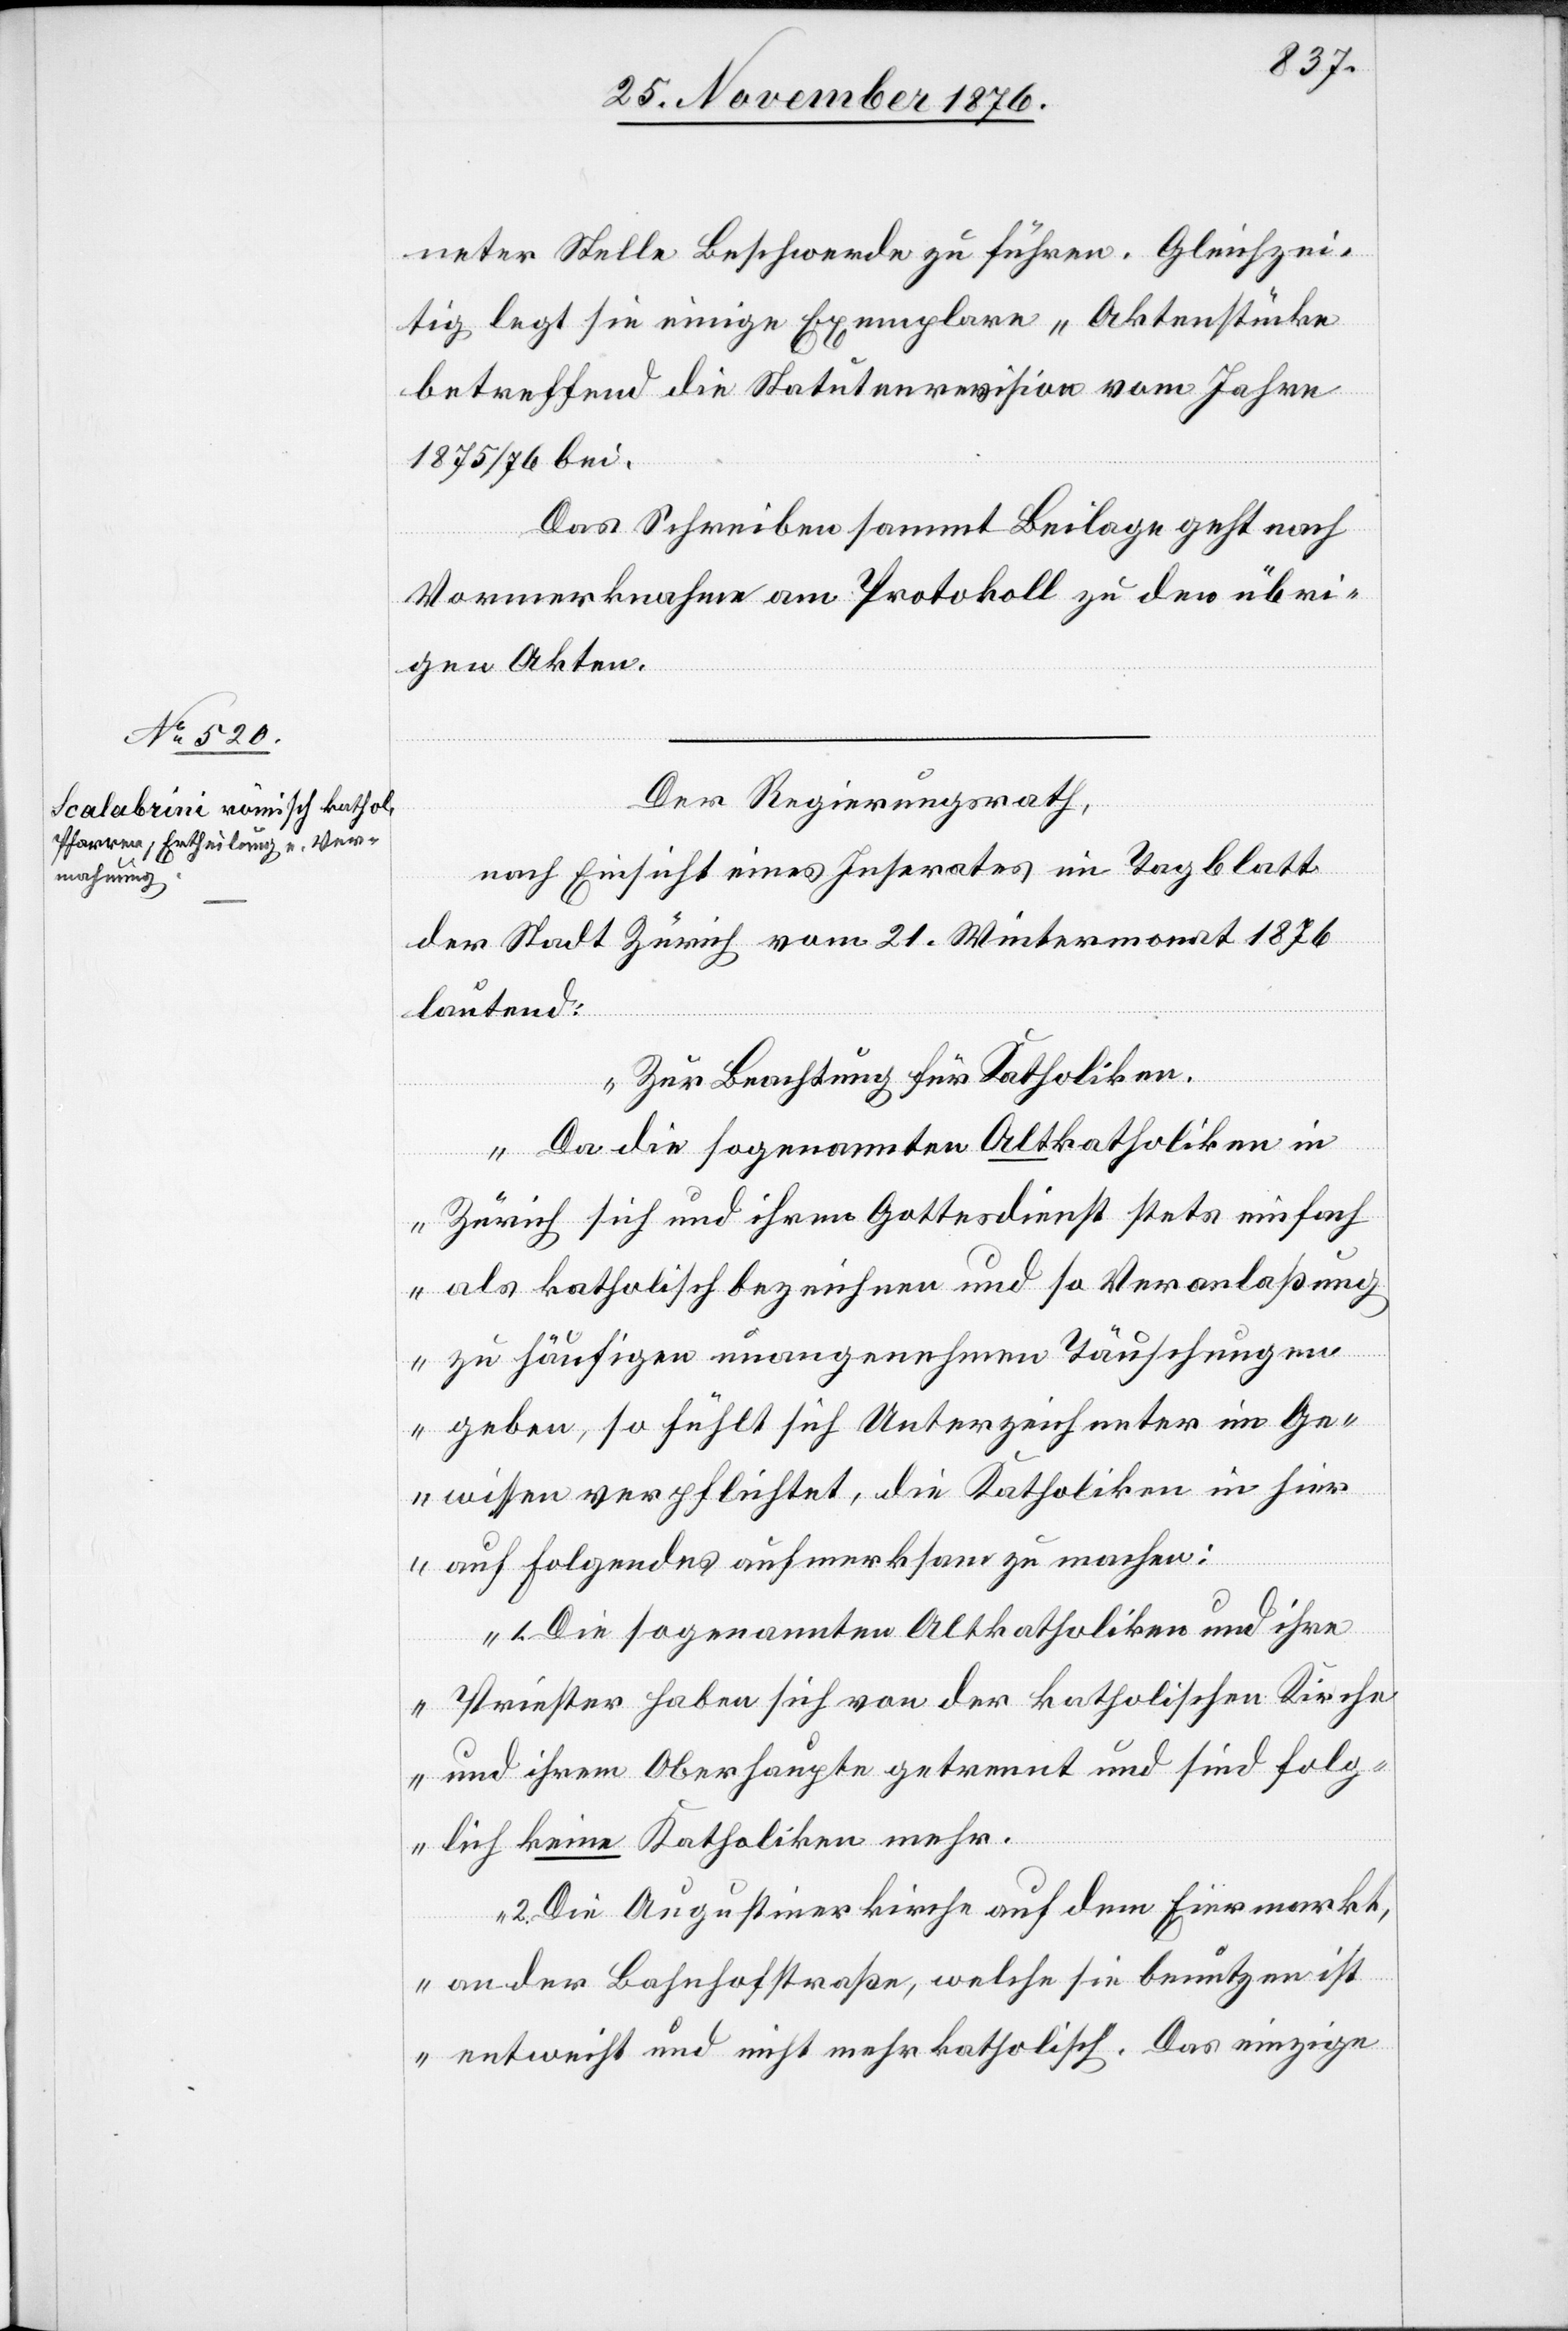
neter Stelle Beschwerde zu führen. Gleichzei¬
tig legt sie einige Exemplare „Aktenstücke
betreffend die Statutenrevision vom Jahre
1875/76“ bei.
Das Schreiben sammt Beilage geht nach
Vormerkname am Protokoll zu den übri¬
gen Akten.
Der Regierungsrath,
nach Einsicht eines Inserates im Tagblatt
der Stadt Zürich vom 21. Wintermonat 1876
lautend:
„Zur Beachtung für Katholiken.
Da die sogenannten Altkatholiken in
Zürich sich und ihren Gottesdienst stets einfach
als katholisch bezeichnen und so Veranlaßung
zu häufigen unangenehmen Täuschungen
geben, so fühlt sich Unterzeichneter im Ge¬
wissen verpflichtet, die Katholiken in hier
auf Folgendes aufmerksam zu machen:
1. Die sogenannten Altkatholiken und ihre
Priester haben sich von der katholischen Kirche
und ihrem Oberhaupte getrennt und sind folg¬
lich keine Katholiken mehr.
2. Die Augustinerkirche auf dem Eiermarkt,
an der Bahnhofstraße, welche sie benutzen ist
entweiht und nicht mehr katholisch. Das einzige